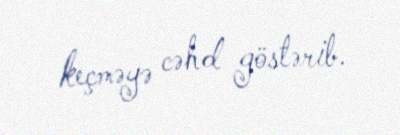
keçməyə cəhd göstərib.